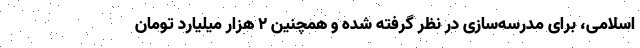
اسلامی، برای مدرسه‌سازی در نظر گرفته شده و همچنین 2 هزار میلیارد تومان